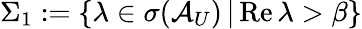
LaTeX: \Sigma_{1}:=\{ \lambda\in\sigma(\mathcal{A}_{U})\, |\, \mathrm{Re}\, \lambda>\beta\}